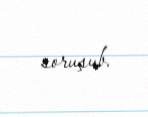
soruşub.